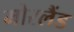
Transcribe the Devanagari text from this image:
मोरलैंड